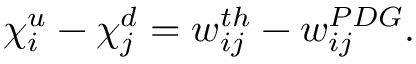
\chi _ { i } ^ { u } - \chi _ { j } ^ { d } = w _ { i j } ^ { t h } - w _ { i j } ^ { P D G } .